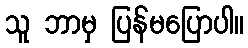
သူ ဘာမှ ပြန်မပြောပါ။